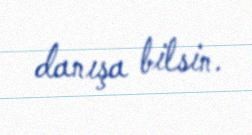
danışa bilsin.